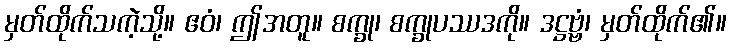
မှတ်ထိုက်သကဲ့သို့။ ဧဝံ၊ ဤအတူ။ စက္ခု၊ စက္ခုပဿဒကို။ ဒဋ္ဌဗ္ဗံ၊ မှတ်ထိုက်၏။